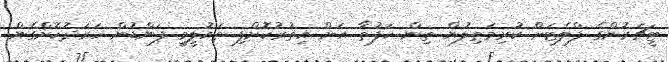
ޓީޗަރުންގެ ފްލެޓަށް ކުރިމަތިލުން ތިން ހަފުތާ އަށް އިތުރުކޮށްފި ތައުލީމީ ފަންޑުން ހަރަދުކޮށްގެން